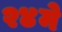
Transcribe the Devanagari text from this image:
२४मे